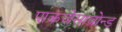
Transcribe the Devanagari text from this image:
पाकजेसावोन्ड